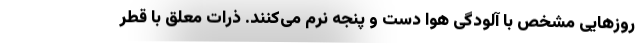
روزهایی مشخص با آلودگی هوا دست و پنجه نرم می‌کنند. ذرات معلق با قطر